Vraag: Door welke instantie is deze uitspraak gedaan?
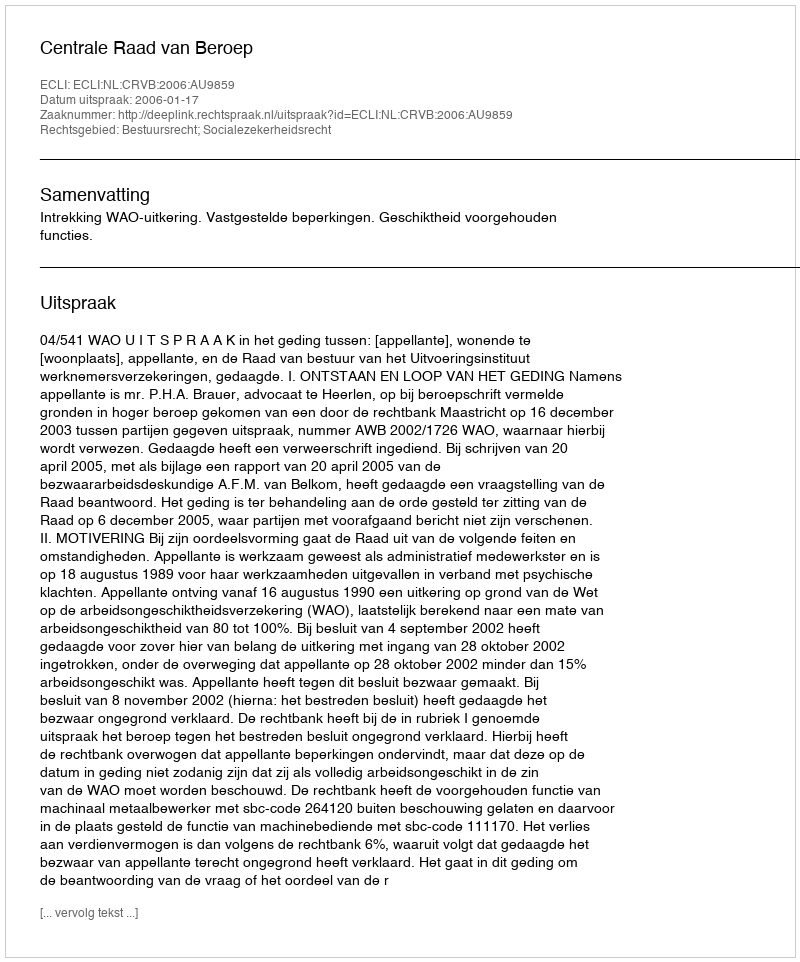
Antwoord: Centrale Raad van Beroep